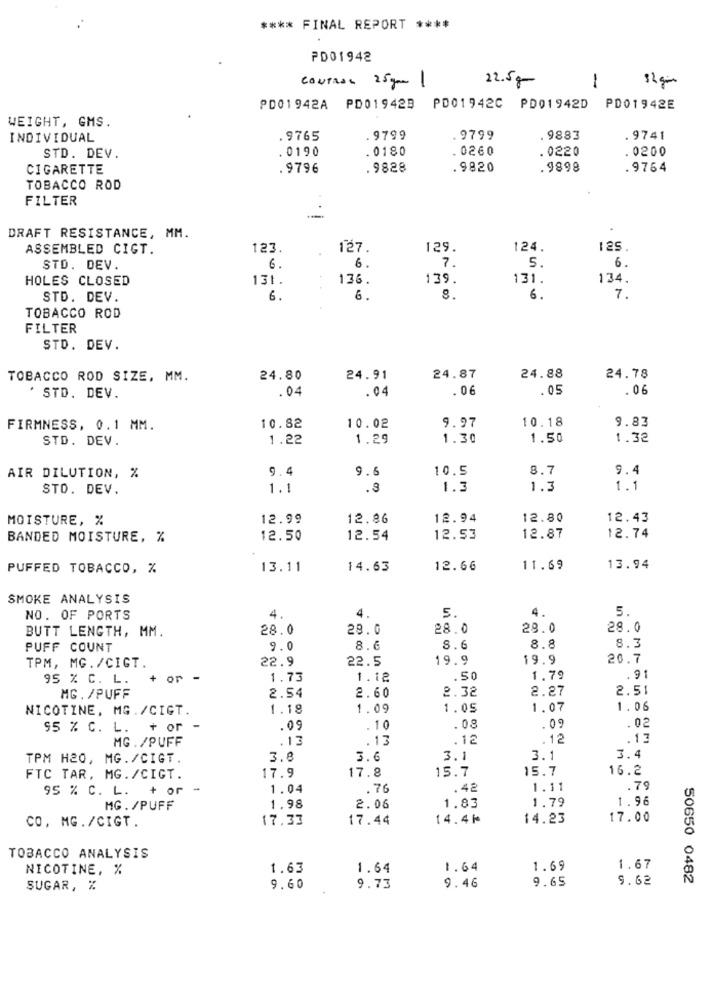
**** FINAL REPORT ****
PD01942
22.5g
CONTROL 25gr 1
1
PD01942A PD01942B PD01942C PD01942D PD01942E
WEIGHT, GMS.
INDIVIDUAL
.9765
.9799
.9799
. 9883
.9741
0190
.0180
. 0260
.0220
.0200
STD. DEV.
CIGARETTE
.9796
. 9828
.9820
.9898
.9764
TOBACCO ROD
FILTER
DRAFT RESISTANCE, MM.
ASSEMBLED CIGT.
123.
127
129.
124.
125.
5.
6.
STD. DEV.
6
6
7.
HOLES CLOSED
131.
136.
139.
131.
134.
STD. DEV.
6.
6.
8.
6.
7.
TOBACCO ROD
FILTER
STD. DEV.
TOBACCO ROD SIZE, MM.
24.80
24.91
24.87
24.88
24.78
.04
.06
.05
.06
' STD. DEV.
.04
10.18
FIRMNESS, 0.1 MM.
10.82
10.02
9.97
9.83
STD. DEV.
1.22
1.29
1.30
1.50
1.32
9.4
9.6
10.5
8.7
9.4
AIR DILUTION, %
STO. DEV.
1.1
.3
1.3
1.3
1.1
MOISTURE, %
12.99
12.86
12.94
12.80
12.43
BANDED MOISTURE, %
12.50
12.54
12.53
12.87
12.74
PUFFED TOBACCO, %
13.11
14.63
12.66
11.69
13.94
SMOKE ANALYSIS
4.
5.
NO. OF PORTS
4.
5.
4.
BUTT LENGTH, MM.
28.0
28.0
28.0
28.0
28.0
PUFF COUNT
9.0
8.6
8.6
8.8
8.3
22.9
22.5
19.9
19.9
20.7
TPM, MG. /CIGT.
95 % C. L.
+ or -
1.73
1.12
.50
1.79
.91
MG. /PUFF
2.54
2.60
2.32
2.27
2.51
NICOTINE, MG./CIGT.
1.18
1.09
1.05
1.07
1.06
95 % C. L. + or -
.09
.10
.08
.09
MG./PUFF
.13
.13
.12
.12
.13
TPM H20, MG./CIGT.
3.8
3.6
3.1
3.1
3.4
17.9
17.8
15.7
15.7
16.2
FTC TAR, MG. /CIGT.
95 % C. L. + or -
1.04
.76
.42
1.11
.79
1.83
1.79
1.96
MG. /PUFF
1.98
2.06
CO, MG./CIGT.
17.33
17.44
14.4₪
14.23
17.00
TOBACCO ANALYSIS
NICOTINE, %
1.63
1.64
1.64
1.69
1.67
9.46
9.65
9.62
50650 0482
SUGAR, %
9.60
9.73